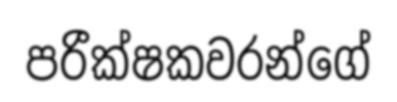
පරීක්ෂකවරන්ගේ